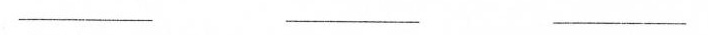
___ ___ ___